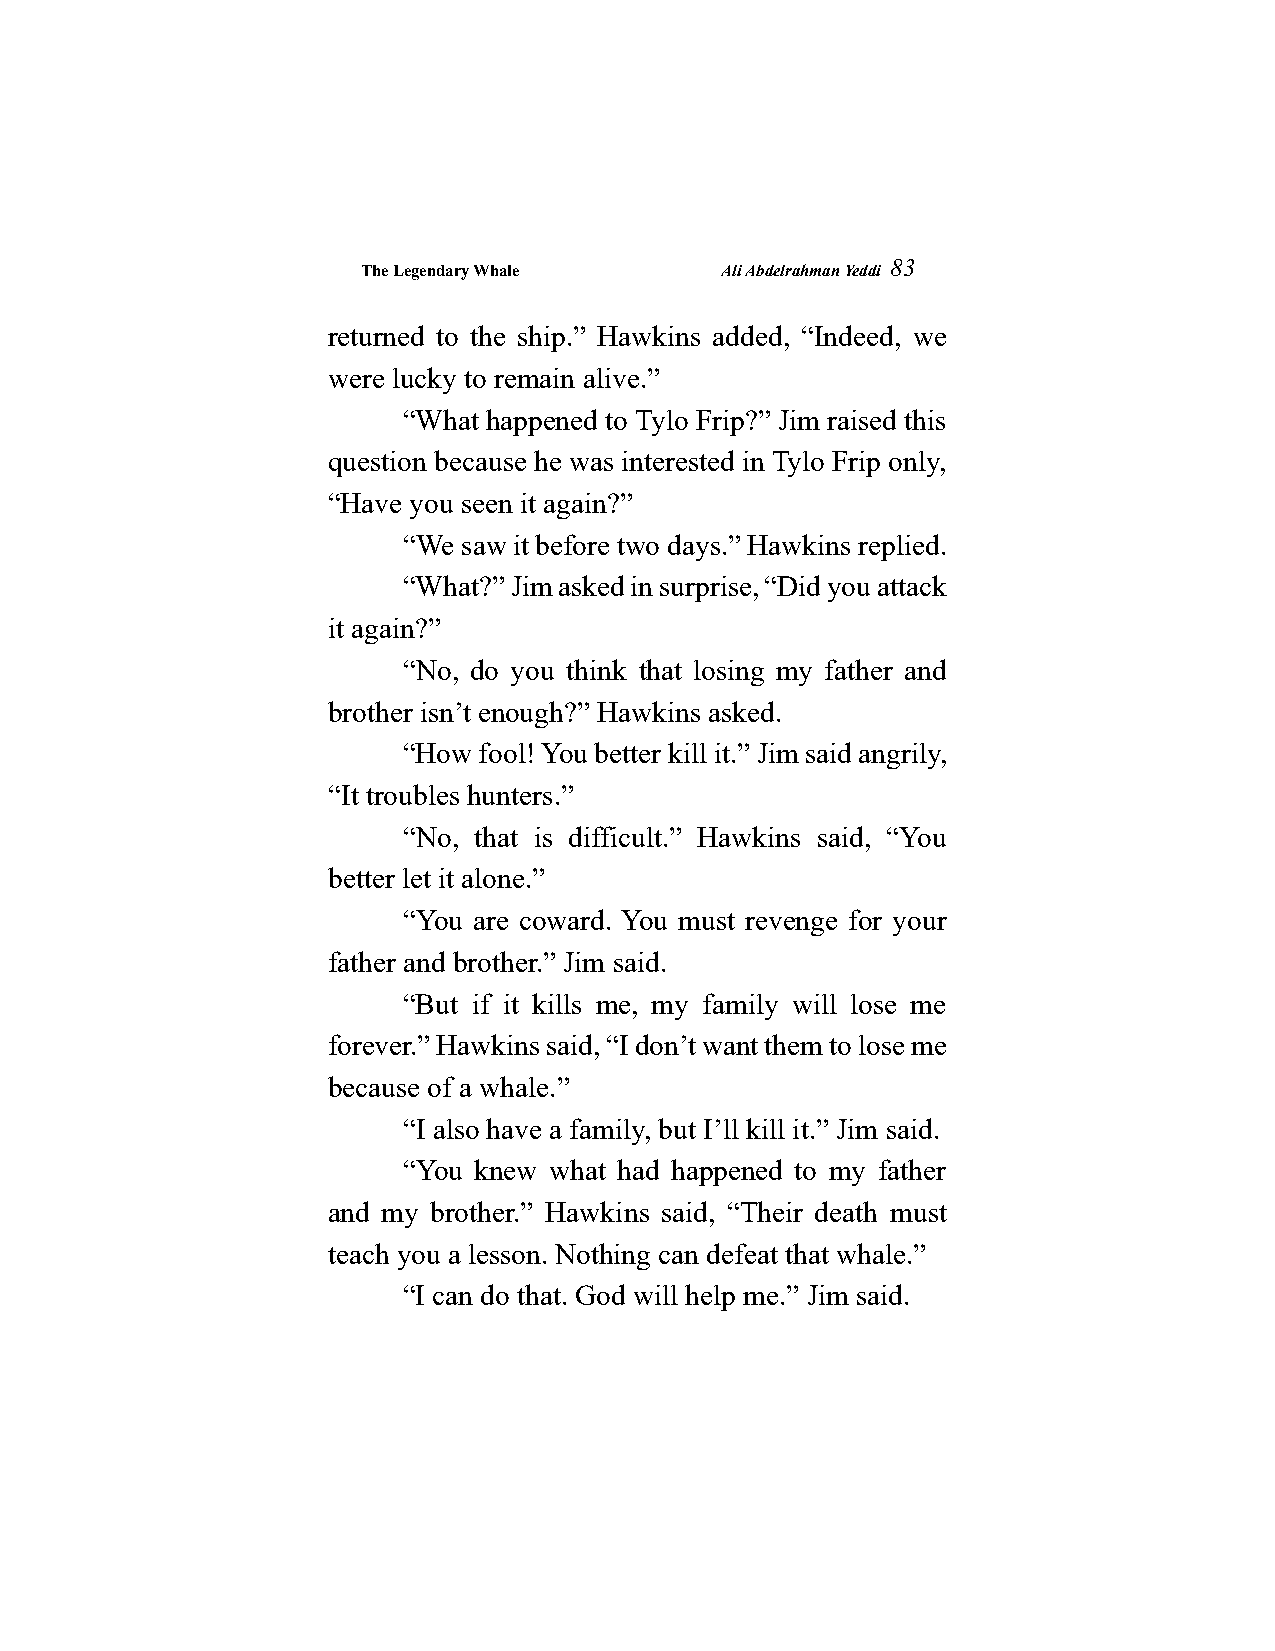
The Legendary Whale     Ali Abdelrahman Yeddi
 83
 returned to the ship.” Hawkins added, “Indeed, we
 were lucky to remain alive.”
 “What happened to Tylo Frip?” Jim raised this
 question because he was interested in Tylo Frip only,
 “Have you seen it again?”
 “We saw it before two days.” Hawkins replied.
 “What?” Jim asked in surprise, “Did you attack
 it again?”
 “No, do you think that losing my father and
 brother isn’t enough?” Hawkins asked.
 “How fool! You better kill it.” Jim said angrily,
 “It troubles hunters.”
 “No, that is difficult.” Hawkins said, “You
 better let it alone.”
 “You are coward. You must revenge for your
 father and brother.” Jim said.
 “But if it kills me, my family will lose me
 forever.” Hawkins said, “I don’t want them to lose me
 because of a whale.”
 “I also have a family, but I’ll kill it.” Jim said.
 “You knew what had happened to my father
 and my brother.” Hawkins said, “Their death must
 teach you a lesson. Nothing can defeat that whale.”
 “I can do that. God will help me.” Jim said.